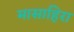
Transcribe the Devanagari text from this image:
मासाहिरा